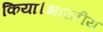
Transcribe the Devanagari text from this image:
किया।भारतीय